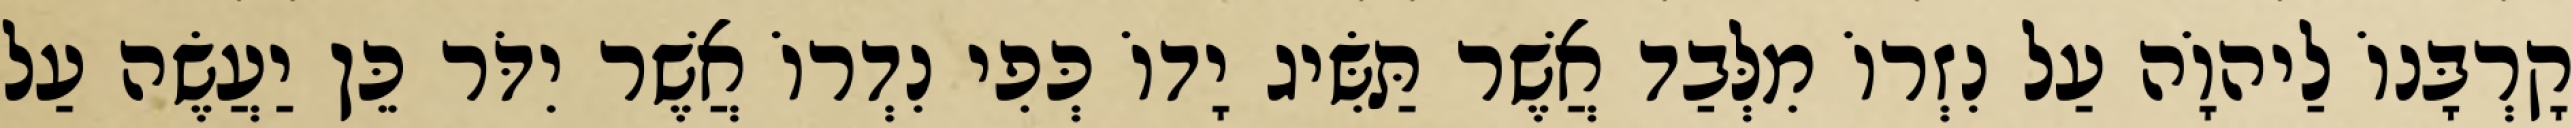
קָרְבָּנוֹ לַיהוָֹה עַל נִזְרוֹ מִלְּבַד אֲשֶׁר תַּשִּׂיג יָדוֹ כְּפִי נִדְרוֹ אֲשֶׁר יִדֹּר כֵּן יַעֲשֶׂה עַל